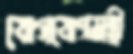
যোগযোগমন্ত্রী